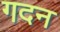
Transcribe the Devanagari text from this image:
गदन